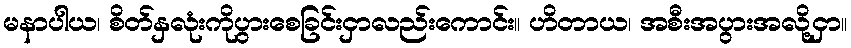
မနာပါယ၊ စိတ်နှလုံးကိုပွားစေခြင်းငှာလည်းကောင်း။ ဟိတာယ၊ အစီးအပွားအလို့ငှာ။